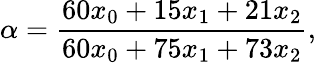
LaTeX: \alpha=\frac{60x_{0}+15x_{1}+21x_{2}}{60x_{0}+75x_{1}+73x_{2}},